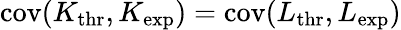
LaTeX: \mathrm{cov}(K_{\mathrm{thr}},K_{\mathrm{exp}})=\mathrm{cov}(L_{\mathrm{thr}},L_{\mathrm{exp}})